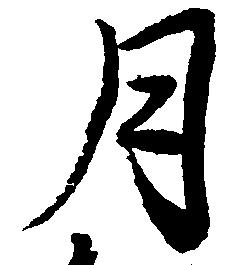
月